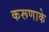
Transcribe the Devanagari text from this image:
करूणाके